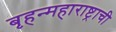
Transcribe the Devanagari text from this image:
बृहन्महाराष्ट्राची